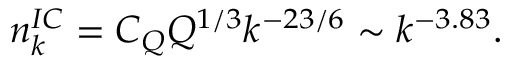
n _ { k } ^ { I C } = C _ { Q } Q ^ { 1 / 3 } k ^ { - 2 3 / 6 } \sim k ^ { - 3 . 8 3 } .